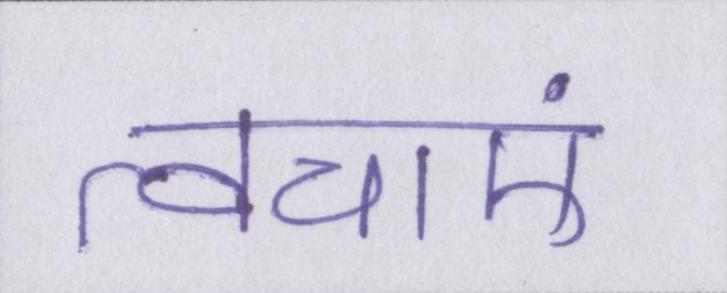
त्वचाएं